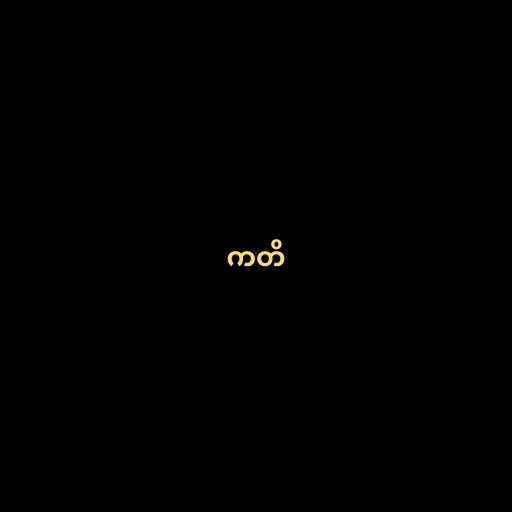
ကတိ